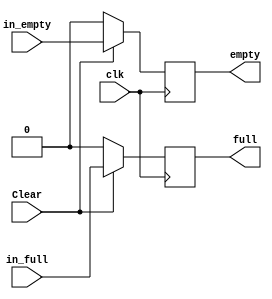
`timescale 1ns / 1ps
//////////////////////////////////////////////////////////////////////////////////
// Company: NITH
// 
// Design Name: FSM based FIFO architecture
// Module Name: STATUS_REGISTER
// Project Name: FSM based FIFO architecture
// Target Devices: SPARTAN-3
// Tool Versions: 2020.1
// Description: status register to show the status of FIFO ram, whether it
//              is full or empty.
// 
// Dependencies: 
// 
// Revision:
// Revision 0.01 - File Created
// Additional Comments:
// 
//////////////////////////////////////////////////////////////////////////////////


module STATUS_REGISTER(
    output wire full,
    output wire empty,
    input wire in_full,
    input wire in_empty,
    input wire Clear,
    input wire clk
    );

    reg r1, r2;

    always @(posedge clk) begin
        if (!Clear) begin
            r1<= 1'b0;
            r2<= 1'b0;
        end
        else begin
        r1<= in_full;       //full status register
        r2<= in_empty;       //empty status register
        end
    end

    //register driving the output wires of status
    assign full= r1;
    assign empty= r2;
endmodule